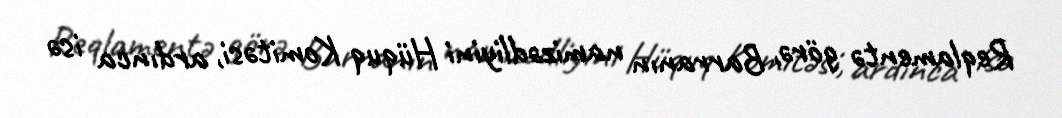
Reqlamentə görə, Barranın namizədliyini Hüquq Komitəsi, ardınca isə